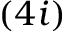
( 4 i )